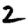
Digit: 2